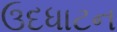
ઉદધાટન